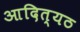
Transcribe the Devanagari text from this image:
आदित्यठ